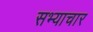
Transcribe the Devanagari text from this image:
सभ्याचार